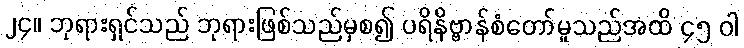
၂၄။ ဘုရားရှင်သည် ဘုရားဖြစ်သည်မှစ၍ ပရိနိဗ္ဗာန်စံတော်မူသည်အထိ ၄၅ ဝါ